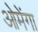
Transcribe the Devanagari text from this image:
ओमेंगा